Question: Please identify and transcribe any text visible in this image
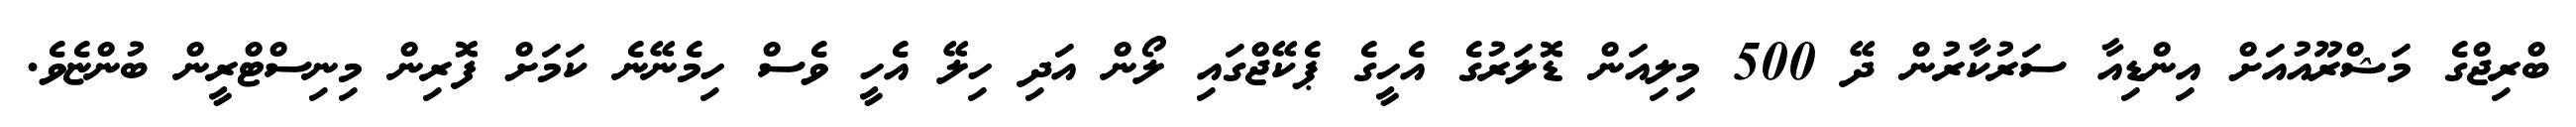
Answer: ބްރިޖްގެ މަޝްރޫއުއަށް އިންޑިއާ ސަރުކާރުން ދޭ 500 މިލިއަން ޑޮލަރުގެ އެހީގެ ޕެކޭޖްގައި ލޯން އަދި ހިލޭ އެހީ ވެސް ހިމެނޭނެ ކަމަށް ފޮރިން މިނިސްޓްރީން ބުންޏެވެ.